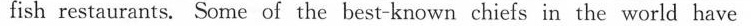
fish restaurants. Some of the best-known chiefs in the world have